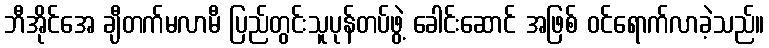
ဘီအိုင်အေ ချီတက်မလာမီ ပြည်တွင်းသူပုန်တပ်ဖွဲ့ ခေါင်းဆောင် အဖြစ် ဝင်ရောက်လာခဲ့သည်။